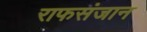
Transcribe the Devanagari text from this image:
राफसंजान